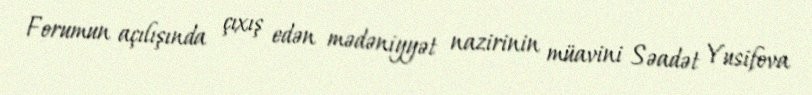
Forumun açılışında çıxış edən mədəniyyət nazirinin müavini Səadət Yusifova